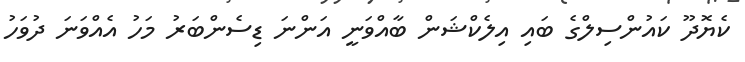
ކެޔޮދޫ ކައުންސިލްގެ ބައި އިލެކްޝަން ބާއްވަނީ އަންނަ ޑިސެންބަރު މަހު އެއްވަނަ ދުވަހު